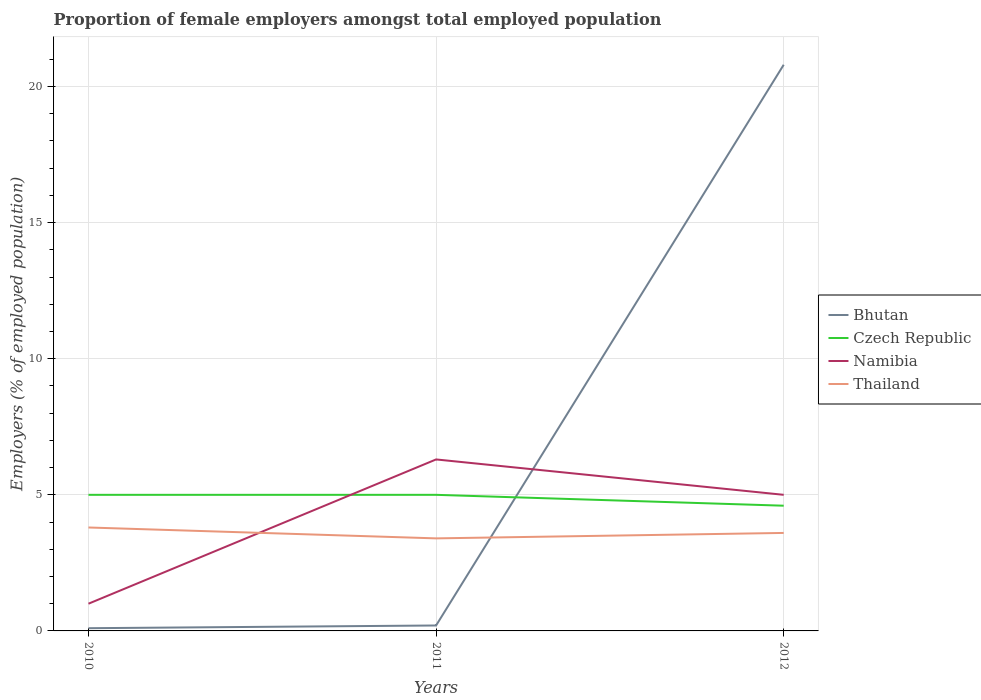
| Years | Bhutan | Czech Republic | Namibia | Thailand |
 | --- | --- | --- | --- | --- |
 | 2010 | 0.1 | 5 | 1 | 3.8 |
 | 2011 | 0.2 | 5 | 6.3 | 3.4 |
 | 2012 | 20.8 | 4.6 | 5 | 3.6 |